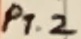
Text: P1.2